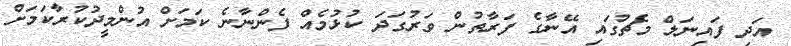
އަދި ފައިނަލް މެޗުގައި އޭނާގެ ފަރާތުން ވަރުގަދަ ކުޅުމެއް ފެންނާނެ ކަމަށް އުންމީދުކުރާކަމަށް